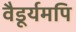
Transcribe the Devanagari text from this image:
वैडूर्यमपि